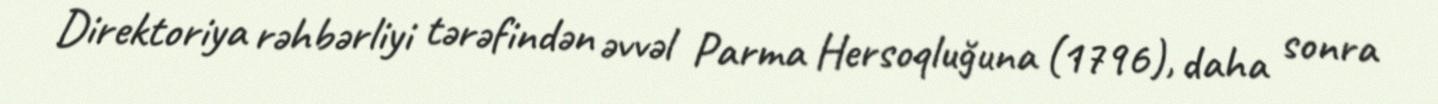
Direktoriya rəhbərliyi tərəfindən əvvəl Parma Hersoqluğuna (1796), daha sonra